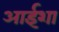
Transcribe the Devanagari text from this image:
आईशा